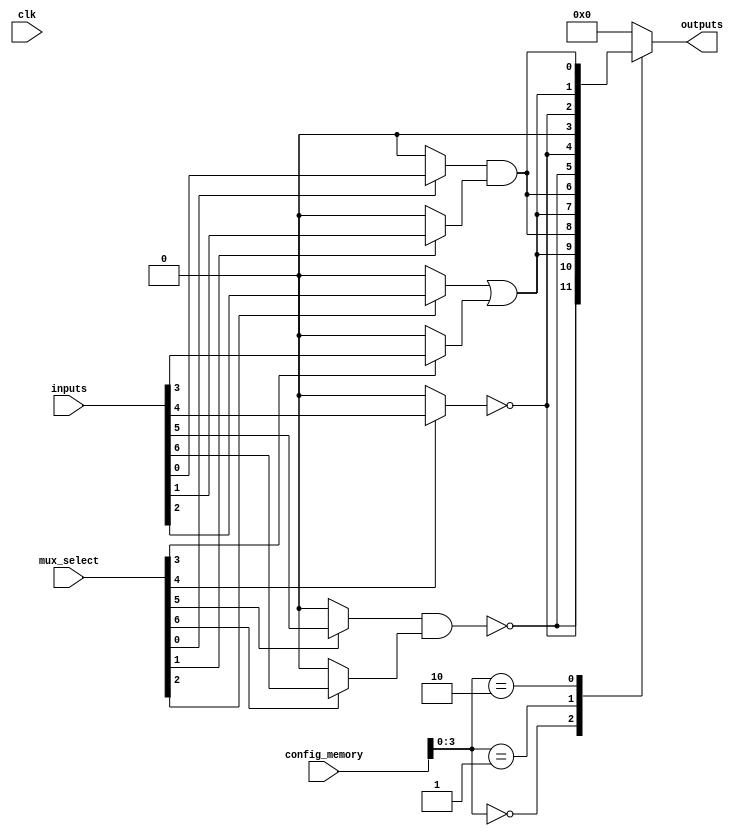
module combinational_logic_block #(
    parameter NUM_INPUTS = 8,
    parameter NUM_OUTPUTS = 4,
    parameter CONFIG_WIDTH = 16
)(
    input wire [NUM_INPUTS-1:0] inputs,          // Input signals
    input wire [NUM_INPUTS-1:0] mux_select,      // MUX select lines
    input wire [CONFIG_WIDTH-1:0] config_memory, // Configuration memory
    input wire clk,
    output reg [NUM_OUTPUTS-1:0] outputs         // Output signals
);

    // Internal signals
    wire [NUM_INPUTS-1:0] muxed_inputs;
    wire [NUM_OUTPUTS-1:0] logic_outputs;

    // Input Multiplexer
    genvar i;
    generate
        for (i = 0; i < NUM_INPUTS; i = i + 1) begin : mux
            assign muxed_inputs[i] = (mux_select[i]) ? inputs[i] : 1'b0; // Simple mux behavior
        end
    endgenerate

    // Logic Gates (AND, OR, NOT, etc.)
    assign logic_outputs[0] = muxed_inputs[0] & muxed_inputs[1]; // AND gate
    assign logic_outputs[1] = muxed_inputs[2] | muxed_inputs[3]; // OR gate
    assign logic_outputs[2] = ~muxed_inputs[4];                    // NOT gate
    assign logic_outputs[3] = ~(muxed_inputs[5] & muxed_inputs[6]); // NAND gate

    // Programmable Interconnect
    always @(*) begin
        case (config_memory[3:0]) // Simple configuration example
            4'b0000: outputs = logic_outputs; // direct connection
            4'b0001: outputs = {logic_outputs[1:0], logic_outputs[3:2]}; // swap outputs
            4'b0010: outputs = {logic_outputs[2], logic_outputs[1:0]}; // rotate
            default: outputs = 4'b0000; // default case
        endcase
    end

    // Feedback Paths (optional, not implemented in this example)

    // Control Logic (not fully implemented, placeholder)
    // This would typically configure the MUXes and interconnects based on control signals

    // Static Timing Analysis Features (not implemented in this example)

    // Power Management (not implemented in this example)

    // Testing and Diagnostics (not implemented in this example)

endmodule